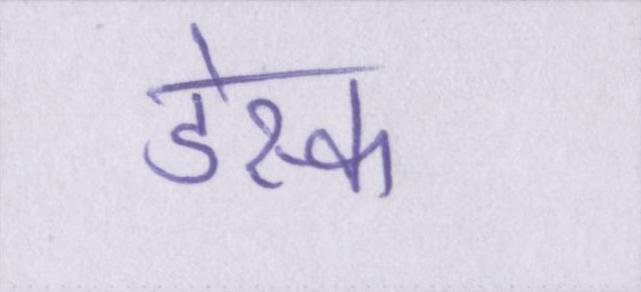
डेस्क